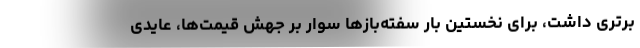
برتری داشت، برای نخستین بار سفته‌بازها سوار بر جهش قیمت‌ها، عایدی